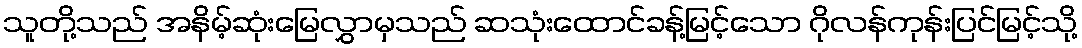
သူတို့သည် အနိမ့်ဆုံးမြေလွှာမှသည် ဆသုံးထောင်ခန့်မြင့်သော ဂိုလန်ကုန်းပြင်မြင့်သို့